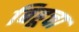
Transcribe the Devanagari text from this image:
बिहूचा